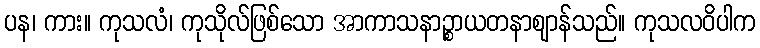
ပန၊ ကား။ ကုသလံ၊ ကုသိုလ်ဖြစ်သော အာကာသနာဉ္စာယတနာဈာန်သည်။ ကုသလဝိပါက